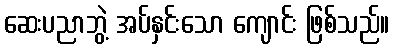
ဆေးပညာဘွဲ့ အပ်နှင်းသော ကျောင်း ဖြစ်သည်။